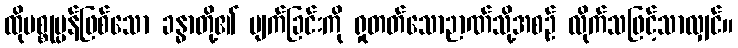
ထိုပစ္စုပ္ပန်ဖြစ်သော ခန္ဓာတို့၏ ပျက်ခြင်းကို ရှုတတ်သောဉာဏ်သို့အစဉ် လိုက်သဖြင့်သာလျှင်။